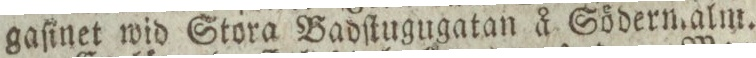
gaſinet wid Stora Badſtugugatan å Södermalm.